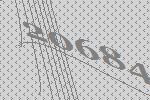
20684